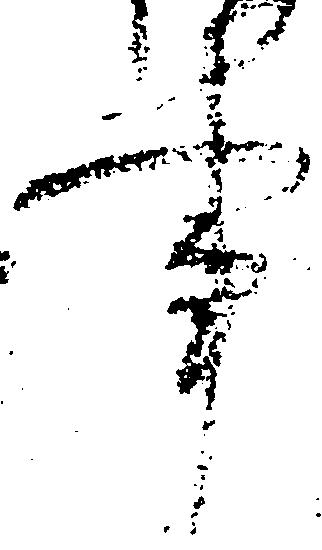
事